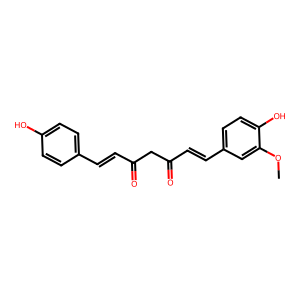
SMILES: COc1cc(C=CC(=O)CC(=O)C=Cc2ccc(O)cc2)ccc1O
Inhibits HIV replication: No